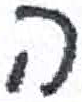
אות: ה